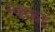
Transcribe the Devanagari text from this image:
म्क्कां